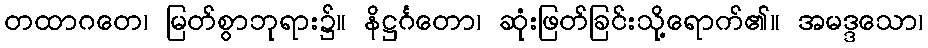
တထာဂတေ၊ မြတ်စွာဘုရား၌။ နိဋ္ဌင်္ဂတော၊ ဆုံးဖြတ်ခြင်းသို့ရောက်၏။ အမဒ္ဒသော၊